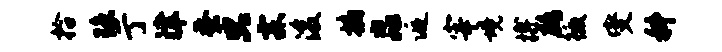
拾琼亍津蚕只霖浚摘淼逅宰境搏鹧徼燮科